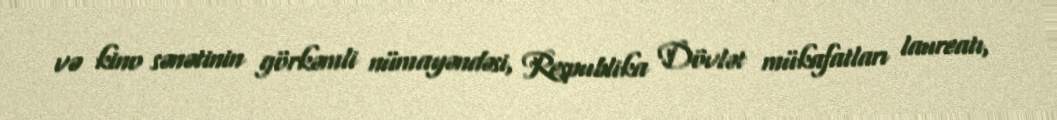
və kino sənətinin görkəmli nümayəndəsi, Respublika Dövlət mükafatları laureatı,